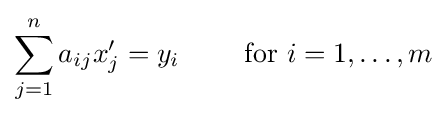
\sum _{j=1}^{n}a_{ij}x'_{j}=y_{i}\qquad {\mbox{ for }}i=1,\ldots ,m